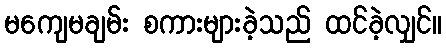
မကျေမချမ်း စကားများခဲ့သည် ထင်ခဲ့လျှင်။